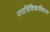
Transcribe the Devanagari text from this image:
परात्रिंशिकाविवरण